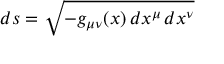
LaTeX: d s = { \sqrt { - g _ { \mu \nu } ( x ) \, d x ^ { \mu } \, d x ^ { \nu } } }